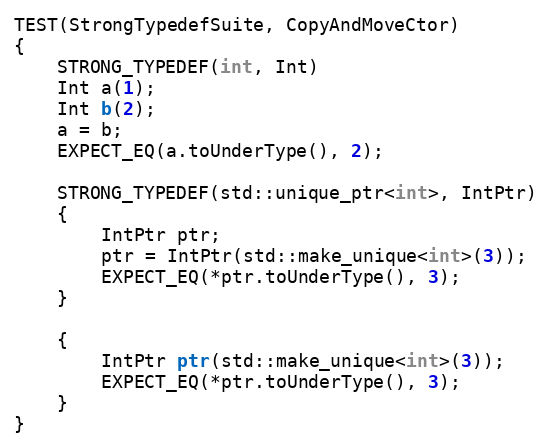
Language: C++
TEST(StrongTypedefSuite, CopyAndMoveCtor)
{
    STRONG_TYPEDEF(int, Int)
    Int a(1);
    Int b(2);
    a = b;
    EXPECT_EQ(a.toUnderType(), 2);

    STRONG_TYPEDEF(std::unique_ptr<int>, IntPtr)
    {
        IntPtr ptr;
        ptr = IntPtr(std::make_unique<int>(3));
        EXPECT_EQ(*ptr.toUnderType(), 3);
    }

    {
        IntPtr ptr(std::make_unique<int>(3));
        EXPECT_EQ(*ptr.toUnderType(), 3);
    }
}